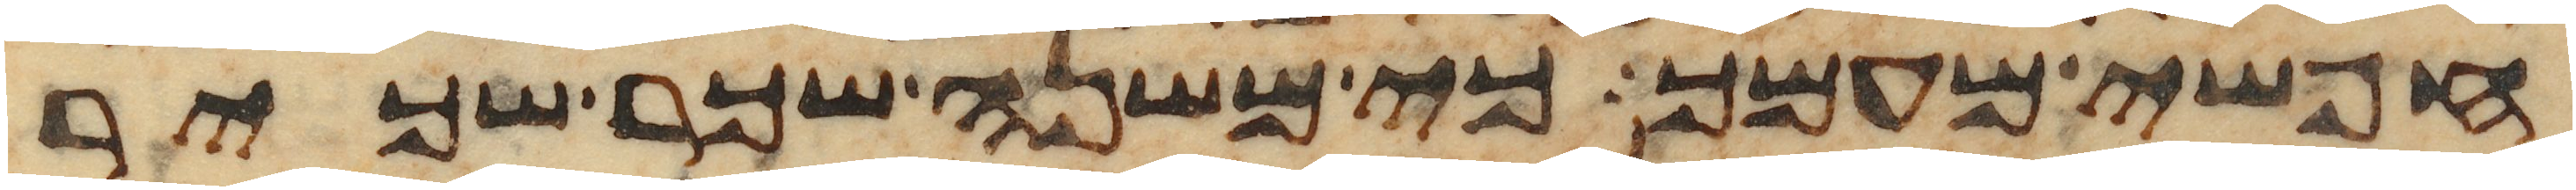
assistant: חפשי מעמך כי משנה שכר שכיר